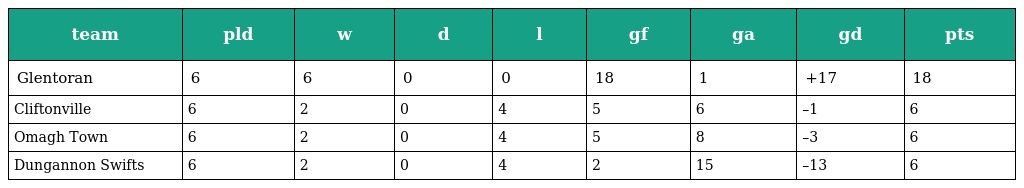
| team | pld | w | d | l | gf | ga | gd | pts |
 | --- | --- | --- | --- | --- | --- | --- | --- | --- |
 | Glentoran | 6 | 6 | 0 | 0 | 18 | 1 | +17 | 18 |
 | Cliftonville | 6 | 2 | 0 | 4 | 5 | 6 | –1 | 6 |
 | Omagh Town | 6 | 2 | 0 | 4 | 5 | 8 | –3 | 6 |
 | Dungannon Swifts | 6 | 2 | 0 | 4 | 2 | 15 | –13 | 6 |